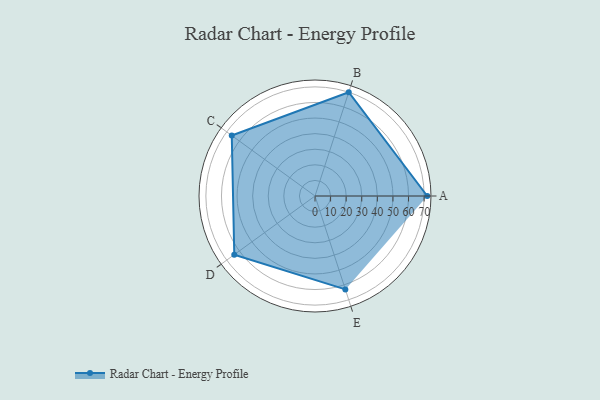
{"axis": {"x": "Skill", "y": "Score"}, "legend": ["Profile"], "data": [{"x": "A", "y": 72.0, "type": "Profile"}, {"x": "B", "y": 70.0, "type": "Profile"}, {"x": "C", "y": 66.0, "type": "Profile"}, {"x": "D", "y": 64.0, "type": "Profile"}, {"x": "E", "y": 63.0, "type": "Profile"}]}